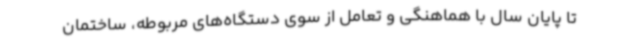
تا پایان سال با هماهنگی و تعامل از سوی دستگاه‌های مربوطه، ساختمان